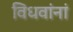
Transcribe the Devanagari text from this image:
विधवांनां